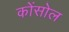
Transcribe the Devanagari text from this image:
कोंसोल